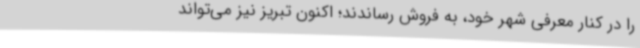
را در کنار معرفی شهر خود، به فروش رساندند؛ اکنون تبریز نیز می‌تواند